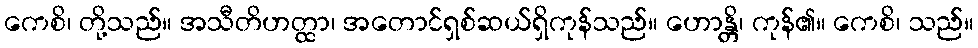
ကေစိ၊ တို့သည်။ အသီတိဟတ္ထာ၊ အတောင်ရှစ်ဆယ်ရှိကုန်သည်။ ဟောန္တိ၊ ကုန်၏။ ကေစိ၊ သည်။